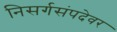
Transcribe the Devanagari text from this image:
निसर्गसंपदेवर